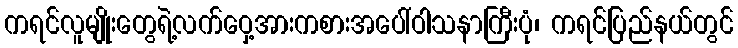
ကရင်လူမျိုးတွေရဲ့လက်ဝှေ့အားကစားအပေါ်ဝါသနာကြီးပုံ၊ ကရင်ပြည်နယ်တွင်